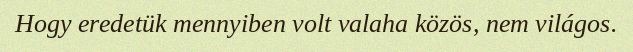
Hogy eredetük mennyiben volt valaha közös, nem világos.